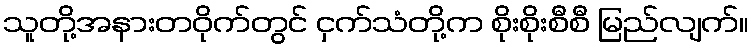
သူတို့အနားတဝိုက်တွင် ငှက်သံတို့က စိုးစိုးစီစီ မြည်လျက်။